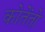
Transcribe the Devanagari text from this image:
कोतेंतो